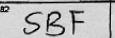
Transcription: SBF